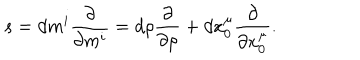
s = d m ^ { i } { \frac { \partial } { \partial m ^ { i } } } = d \rho { \frac { \partial } { \partial \rho } } + d x _ { 0 } ^ { \mu } { \frac { \partial } { \partial x _ { 0 } ^ { \mu } } } .